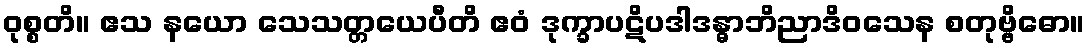
ဝုစ္စတိ။ ဧသ နယော သေသတ္တယေပီတိ ဧဝံ ဒုက္ခာပဋိပဒါဒန္ဓာဘိညာဒိဝသေန စတုဗ္ဗိဓော။